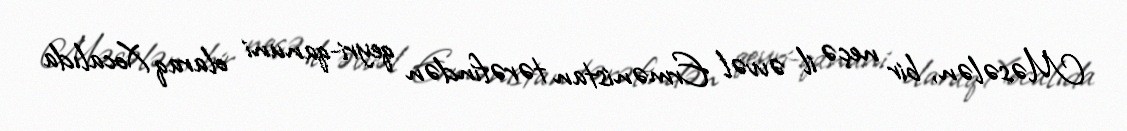
Məsələn, bir neçə il əvvəl Ermənistan tərəfindən qeyri-qanuni olaraq Xocalıda